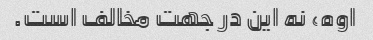
اوه، نه این در جهت مخالف است.